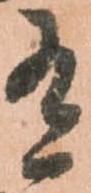
有